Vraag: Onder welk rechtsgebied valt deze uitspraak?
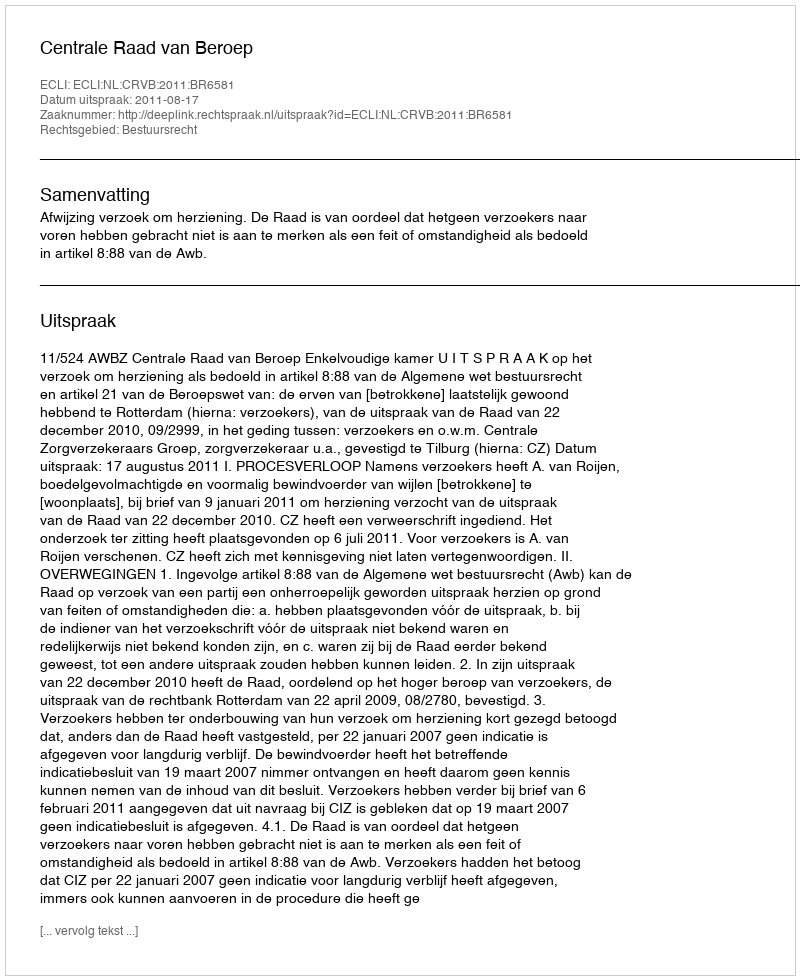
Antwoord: Bestuursrecht